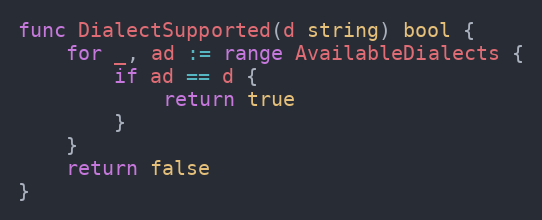
Language: Go
func DialectSupported(d string) bool {
	for _, ad := range AvailableDialects {
		if ad == d {
			return true
		}
	}
	return false
}